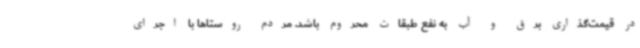
در قیمت‌گذاری برق و آب به نفع طبقات محروم باشد. مردم روستاها با اجرای